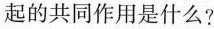
起的共同作用是什么?